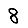
Digit: 8